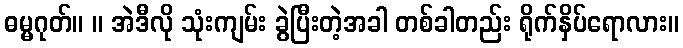
ဓမ္မဂုတ်။ ။ အဲဒီလို သုံးကျမ်း ခွဲပြီးတဲ့အခါ တစ်ခါတည်း ရိုက်နှိပ်ရောလား။